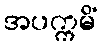
အပက္ကမိံ